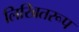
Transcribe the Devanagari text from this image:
लिखितरूप